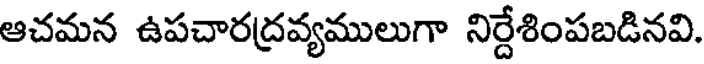
ఆచమన ఉపచారద్రవ్యములుగా నిర్దేశింపబడినవి.